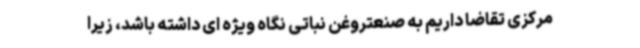
مرکزی تقاضا داریم به صنعتروغن نباتی نگاه ویژه ای داشته باشد، زیرا